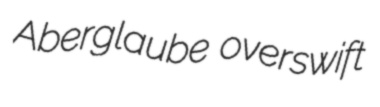
Aberglaube overswift